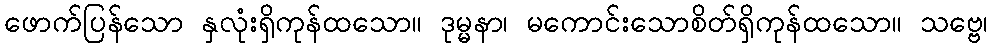
ဖောက်ပြန်သော နှလုံးရှိကုန်ထသော။ ဒုမ္မနာ၊ မကောင်းသောစိတ်ရှိကုန်ထသော။ သဗ္ဗေ၊